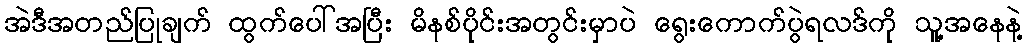
အဲဒီအတည်ပြုချက် ထွက်ပေါ်အပြီး မိနစ်ပိုင်းအတွင်းမှာပဲ ရွေးကောက်ပွဲရလဒ်ကို သူ့အနေနဲ့